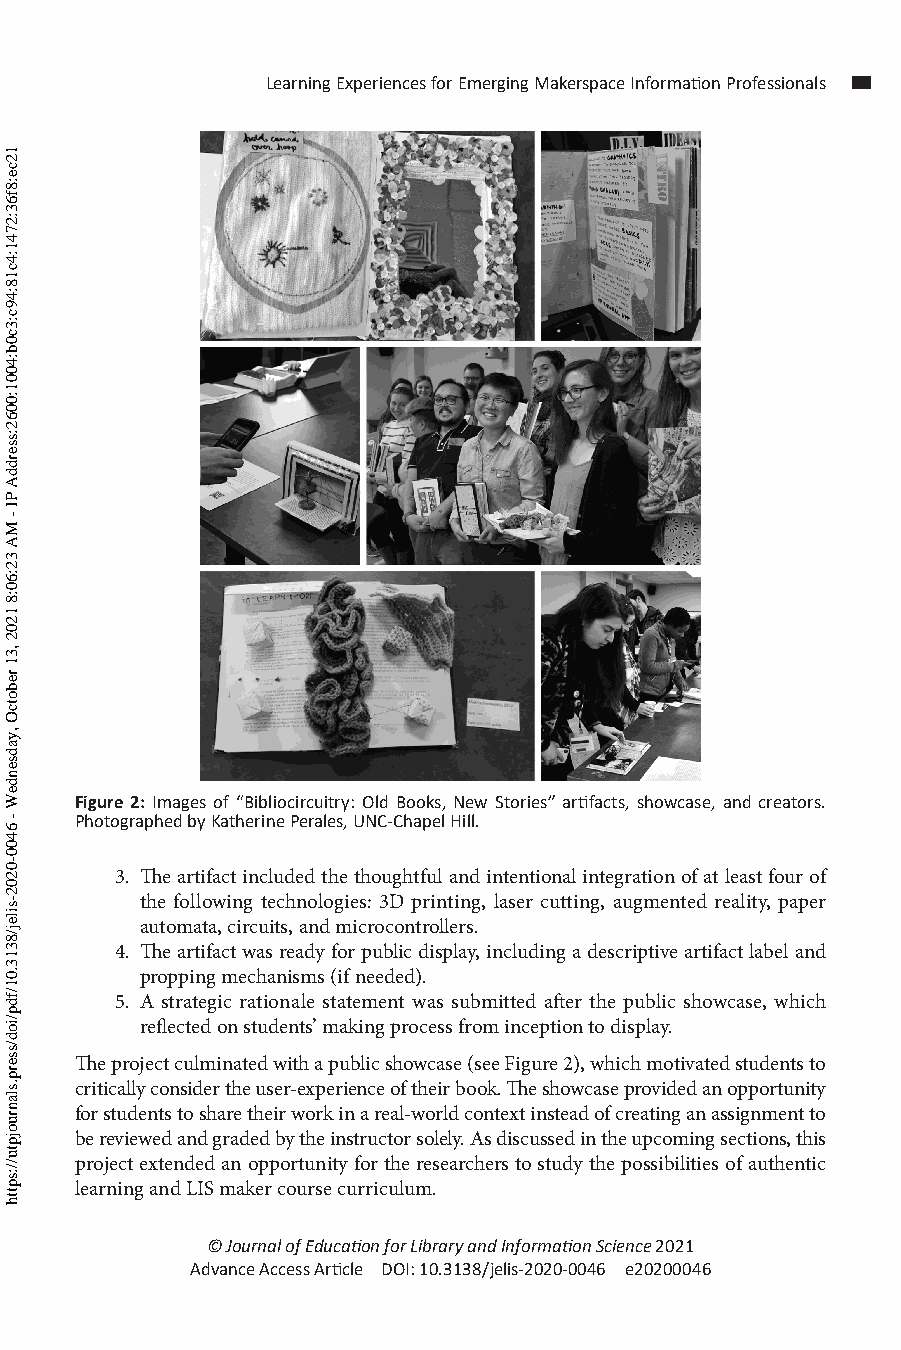
Learning Experiences for Emerging Makerspace Information Professionals
 Figure 2: Images of “Bibliocircuitry: Old Books, New Stories” artifacts, showcase, and creators.
 Photographed by Katherine Perales, UNC-Chapel Hill.
 3. The artifact included the thoughtful and intentional integration of at least four of
 the following technologies: 3D printing, laser cutting, augmented reality, paper
 automata, circuits, and microcontrollers.
 4. The artifact was ready for public display, including a descriptive artifact label and
 propping mechanisms (if needed).
 5. A strategic rationale statement was submitted after the public showcase, which
 reflected on students’ making process from inception to display.
 The project culminated with a public showcase (see Figure 2), which motivated students to
 critically consider the user-experience of their book. The showcase provided an opportunity
 for students to share their work in a real-world context instead of creating an assignment to
 be reviewed and graded by the instructor solely. As discussed in the upcoming sections, this
 project extended an opportunity for the researchers to study the possibilities of authentic
 learning and LIS maker course curriculum.
 © Journal of Education for Library and Information Science 2021
 Advance Access Article DOI: 10.3138/jelis-2020-0046 e20200046
 12ce:8f63:2741:4c18:49c:3c0b:4001:0062:sserddA
 PI
 -
 MA
 32:60:8
 1202
 ,31
 rebotcO
 ,yadsendeW
 -
 6400-0202-silej/8313.01/fdp/iod/sserp.slanruojptu//:sptth